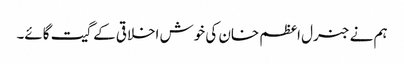
ہم نے جنرل اعظم خان کی خوش اخلاقی کے گیت گائے۔